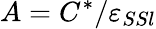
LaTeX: A=C^{*}/\varepsilon_{SSl}